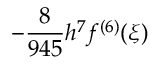
- { \frac { 8 } { 9 4 5 } } h ^ { 7 } f ^ { ( 6 ) } ( \xi )